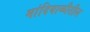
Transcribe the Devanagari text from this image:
मांदियाळीतील